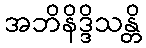
အဘိနိဒ္ဒိသန္တိ